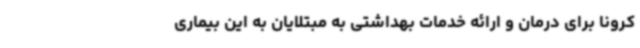
کرونا برای درمان و ارائه خدمات بهداشتی به مبتلایان به این بیماری